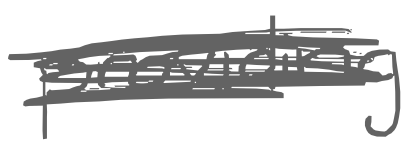
Text: providing
Cross-out: mix
Writing tool: digital_gray